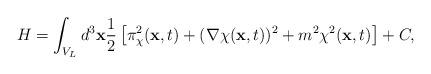
LaTeX: \begin{align*}H=\int_{V_L} d^3{\bf x} \frac{1}{2} \left[ \pi_{\chi}^2({\bf x},t)+({\bf \nabla} \chi ({\bf x},t))^2+m^2\chi^2({\bf x},t) \right] + C,\end{align*}